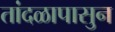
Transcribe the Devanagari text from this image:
तांदळापासुन